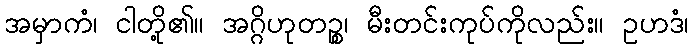
အမှာကံ၊ ငါတို့၏။ အဂ္ဂိဟုတဉ္စ၊ မီးတင်းကုပ်ကိုလည်း။ ဥဟဒံ၊